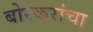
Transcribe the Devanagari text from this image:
बोरकरांचा